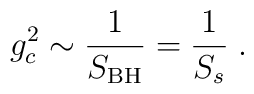
g_c^2 \sim \frac{1}{S_{\rm BH}} = \frac{1}{S_s}\; .